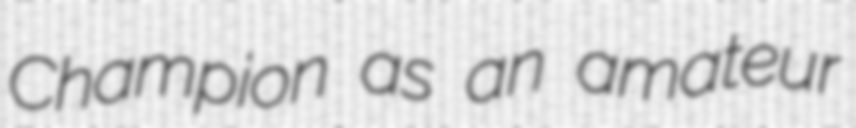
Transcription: Champion as an amateur